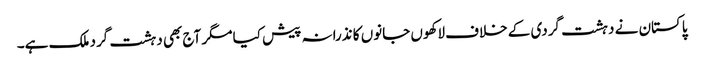
پاکستان نے دہشت گردی کے خلاف لاکھوں جانوں کا نذرانہ پیش کیا مگر آج بھی دہشت گرد ملک ہے۔